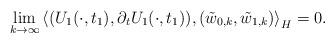
LaTeX: \begin{align*} & \lim_{k \rightarrow \infty} \left\langle (U_1 (\cdot,t_1), \partial_t U_1(\cdot, t_1)), (\tilde{w}_{0,k}, \tilde{w}_{1,k}) \right\rangle_H =0. \end{align*}